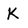
Character: K